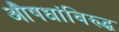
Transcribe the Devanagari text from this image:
औषधांविरुद्ध